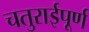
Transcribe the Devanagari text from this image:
चतुराईपूर्ण